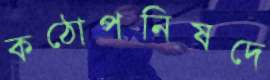
কঠোপনিষদে